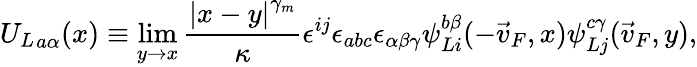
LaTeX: {U_{L}}_{a\alpha}(x)\equiv\operatorname*{lim}_{y\to x}{\frac{\left|x-y\right|^{\gamma_{m}}}{\kappa}}\epsilon^{ij}\epsilon_{abc}\epsilon_{\alpha\beta\gamma}\psi_{Li}^{b\beta}(-\vec{v}_{F},x)\psi_{Lj}^{c\gamma}(\vec{v}_{F},y),